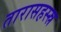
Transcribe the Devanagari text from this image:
तारासहस्स्र